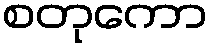
စတုကော